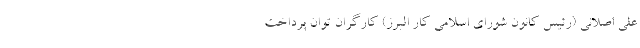
علی اصلانی (رئیس کانون شورای اسلامی کار البرز) کارگران توان پرداخت